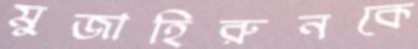
মুজাহিরুনকে